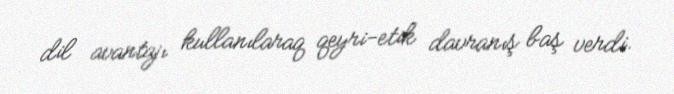
dil avantajı kullanılaraq qeyri-etik davranış baş verdi.